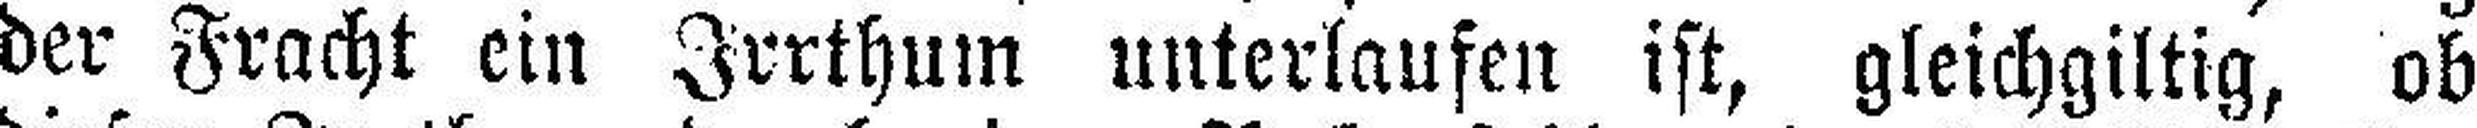
der Fracht ein Irrthum unterlaufen ist, gleichgiltig, ob